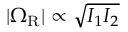
| \Omega _ { \mathrm { R } } | \propto \sqrt { I _ { 1 } I _ { 2 } }